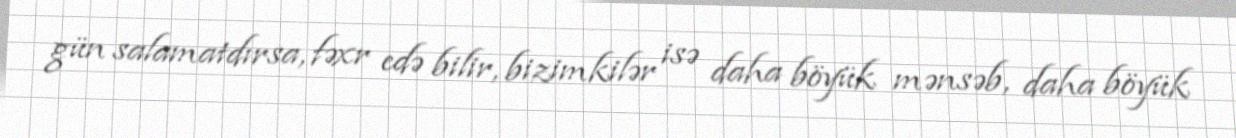
gün salamatdırsa, fəxr edə bilir, bizimkilər isə daha böyük mənsəb, daha böyük